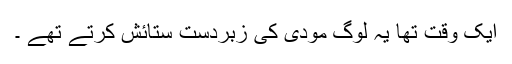
ایک وقت تھا یہ لوگ مودی کی زبردست ستائش کرتے تھے ۔